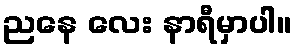
ညနေ လေး နာရီမှာပါ။